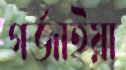
গর্জাইয়া